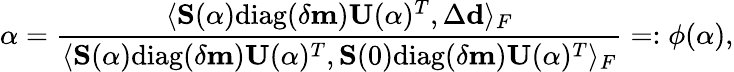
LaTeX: \alpha=\frac{\langle\mathbf{S}(\alpha)\mathrm{diag}(\delta\mathbf{m})\mathbf{U}(\alpha)^{T},\Delta\mathbf{d}\rangle_{F}}{\langle\mathbf{S}(\alpha)\mathrm{diag}(\delta\mathbf{m})\mathbf{U}(\alpha)^{T},\mathbf{S}(0)\mathrm{diag}(\delta\mathbf{m})\mathbf{U}(\alpha)^{T}\rangle_{F}}=:\phi(\alpha),